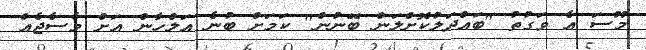
މޫސަ އެ ވަގުތު "ބައްދަލުކޮށްލަން ބޭނުން" ކަމަށް ބުނެ އަލްހާން އަށް މެސެޖެއް